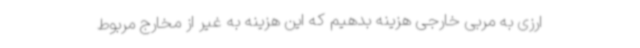
ارزی به مربی خارجی هزینه بدهیم که این هزینه به غیر از مخارج مربوط